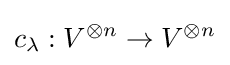
c_{\lambda }:V^{\otimes n}\to V^{\otimes n}